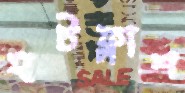
হটফ্লাশ